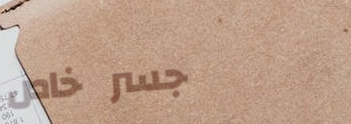
جسر خاص